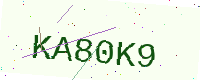
Text: KA80K9